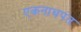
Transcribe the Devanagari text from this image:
एकनाथपंत